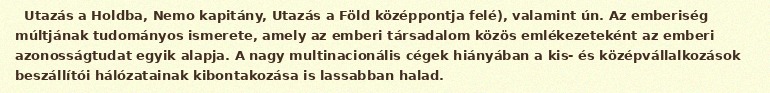
Utazás a Holdba, Nemo kapitány, Utazás a Föld középpontja felé), valamint ún. Az emberiség múltjának tudományos ismerete, amely az emberi társadalom közös emlékezeteként az emberi azonosságtudat egyik alapja. A nagy multinacionális cégek hiányában a kis- és középvállalkozások beszállítói hálózatainak kibontakozása is lassabban halad.